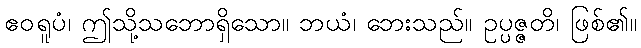
ဧဝရူပံ၊ ဤသို့သဘောရှိသော။ ဘယံ၊ ဘေးသည်။ ဥပ္ပဇ္ဇတိ၊ ဖြစ်၏။